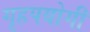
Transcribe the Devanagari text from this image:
गृहपयोगी